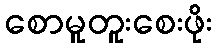
စောမူတူးစေးဖိုး